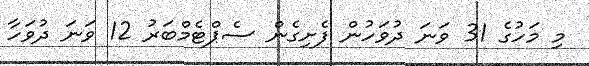
މި މަހުގެ 31 ވަނަ ދުވަހުން ފެށިގެން ސެޕްޓެމްބަރު 12 ވަނަ ދުވަހާ